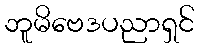
ဘူမိဗေဒပညာရှင်